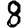
Digit: 8